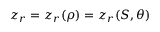
z _ { r } = z _ { r } ( \rho ) = z _ { r } ( S , \theta )